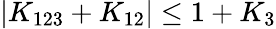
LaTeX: |K_{123}+K_{12}|\le 1+K_{3}